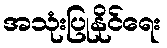
အသုံးပြုနိုင်ရေး